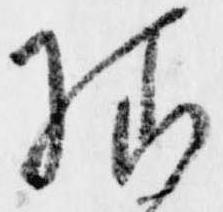
様